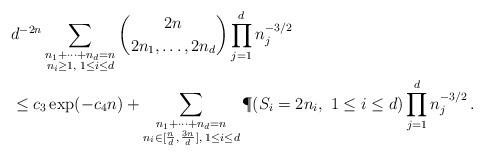
LaTeX: \begin{align*} &d^{-2n} \sum_{\substack{n_1 + \cdots + n_d = n \\ n_i \ge 1, \; 1\le i\le d}} {2n \choose 2n_1, \ldots, 2n_d} \prod_{j=1}^d n_j^{-3/2} \\ &\le c_3\exp(-c_4n) + \sum_{\substack{n_1+\cdots + n_d=n \\ n_i \in [\frac{n}{d},\, \frac{3n}{d}], \; 1\le i\le d}} \P (S_i = 2 n_i, \ 1\le i\le d) \prod_{j=1}^d n_j^{-3/2} \, .\end{align*}